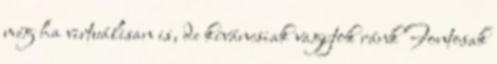
még ha virtuálisan is, de kíváncsiak vagytok ránk Fontosak